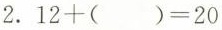
2.$$1 2 + ( ) = 2 0$$